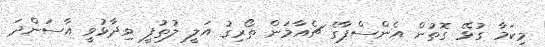
މިކަމާ ގުޅޭ ގޮތުން އެންސްޕާގެ ޗެއާމަން ތޯރިގު އަލީ ލުތުފީ ވިދާޅުވީ އާސަންދަ